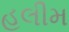
હલીમ